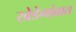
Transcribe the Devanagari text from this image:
खेडेगांवात